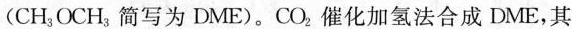
(CH_{3}OCH_{3}简写为EME)。CO_{2}催化加氢法合成DME，其